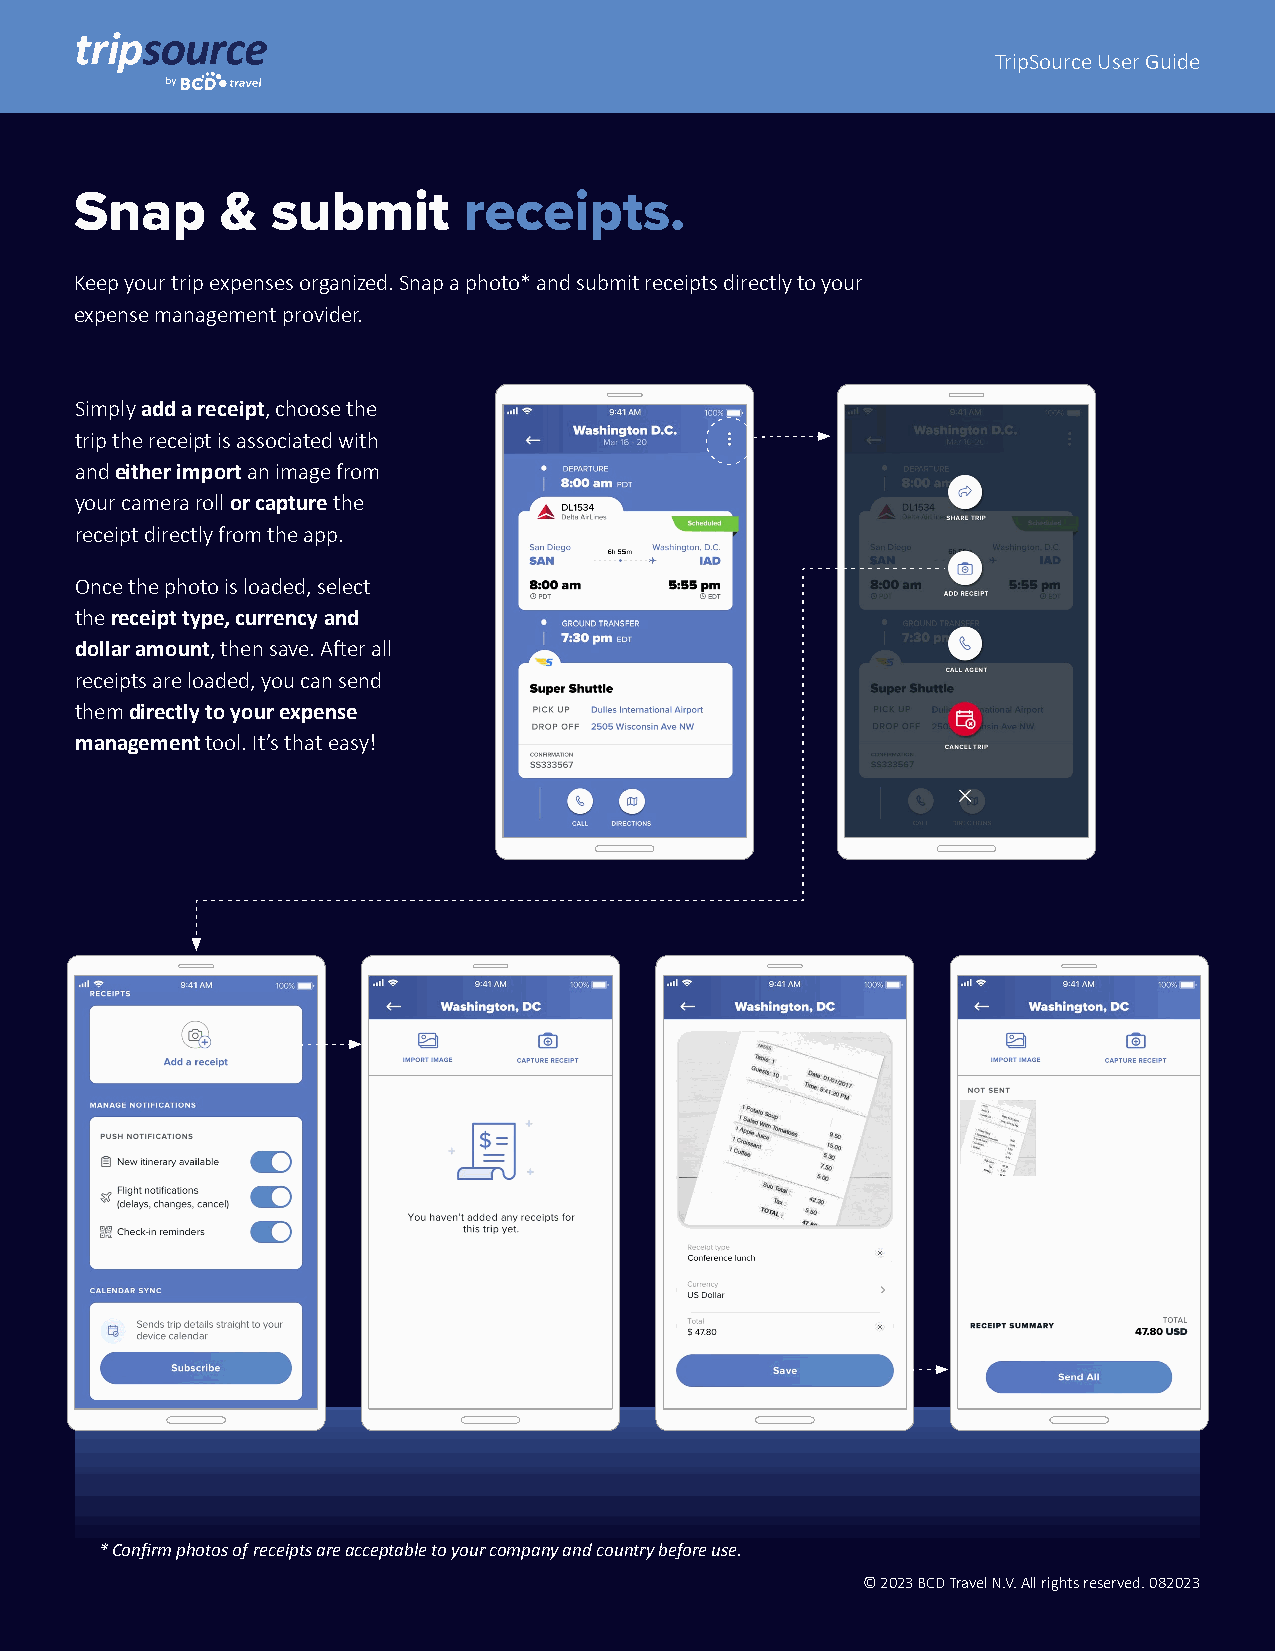
TripSource User Guide
 Snap      &  submit       receipts.
 Keep your trip expenses organized. Snap a photo* and submit receipts directly to your
 expense management provider.
 Simply add a receipt, choose the
 trip the receipt is associated with
 and either import an image from
 your camera roll or capture the
 receipt directly from the app.
 Once the photo is loaded, select
 the receipt type, currency and
 dollar amount, then save. After all
 receipts are loaded, you can send
 them directly to your expense
 management tool. It’s that easy!
 * Confirm photos of receipts are acceptable to your company and country before use.
 © 2023 BCD Travel N.V. All rights reserved. 082023